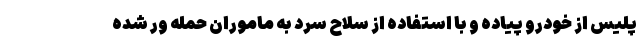
پلیس از خودرو پیاده و با استفاده از سلاح سرد به ماموران حمله ور شده